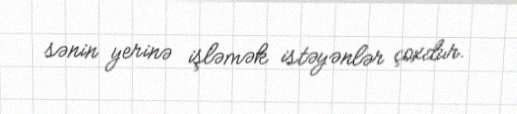
sənin yerinə işləmək istəyənlər çoxdur.